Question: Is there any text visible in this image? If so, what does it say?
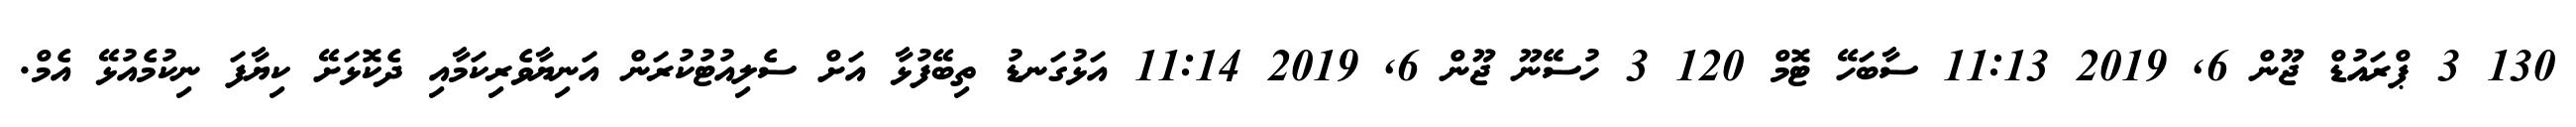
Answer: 130 3 ޕްރައުޑް ޖޫން 6, 2019 11:13 ސާބަހޭ ޓޮމް 120 3 ހުސޭނޫ ޖޫން 6, 2019 11:14 އަޅުގަނޑު ތިބޭފުޅާ އަށް ސެލިއުޓުކުރަން އަނިޔާވެރިކަމާއި ދެކޮޅަށޭ ކިޔާފަ ނިކުމެއުޅޭ އެމް.